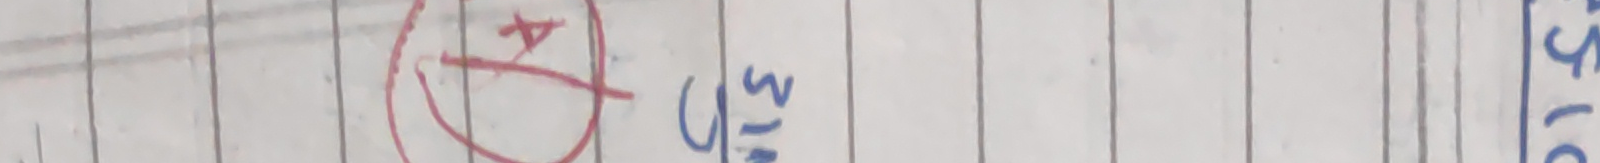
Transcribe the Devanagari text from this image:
A4 ७ ३/५ ५०